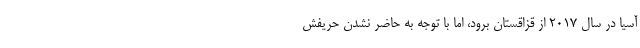
آسیا در سال ۲۰۱۷ از قزاقستان برود، اما با توجه به حاضر نشدن حریفش